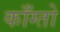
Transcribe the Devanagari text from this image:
काँग्तो